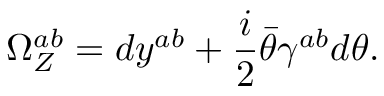
\Omega _ { Z } ^ { a b } = d y ^ { a b } + { \frac { i } { 2 } } \bar { \theta } \gamma ^ { a b } d \theta .